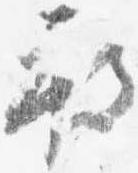
被